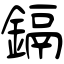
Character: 鎘